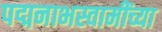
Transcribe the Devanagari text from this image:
पद्मनाभस्वामींच्या